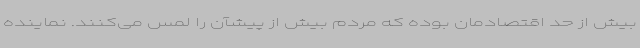
بیش از حد اقتصادمان بوده که مردم بیش از پیشآن را لمس می‌کنند. نماینده